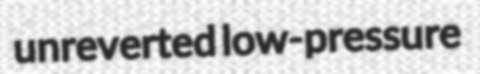
unreverted low-pressure